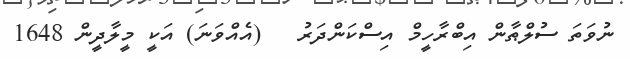
ނުވަތަ ސުލްޠާން އިބްރާހީމް އިސްކަންދަރު   (އެއްވަނަ) އަކީ މީލާދީން 1648